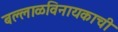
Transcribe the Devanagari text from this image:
बल्लाळविनायकाची